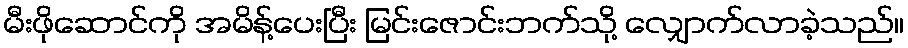
မီးဖိုဆောင်ကို အမိန့်ပေးပြီး မြင်းဇောင်းဘက်သို့ လျှောက်လာခဲ့သည်။